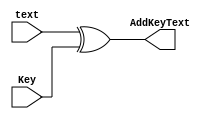
module AddRoundKey (text,Key,AddKeyText);
    input [127:0] text;
    input [127:0] Key;
    output reg [127:0] AddKeyText;

    assign AddKeyText = text ^ Key;
endmodule